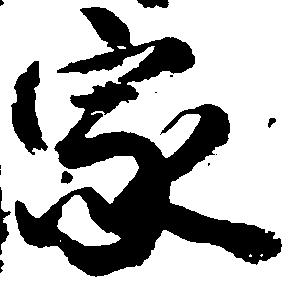
家